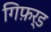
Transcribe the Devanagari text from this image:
गिफ़र्ड